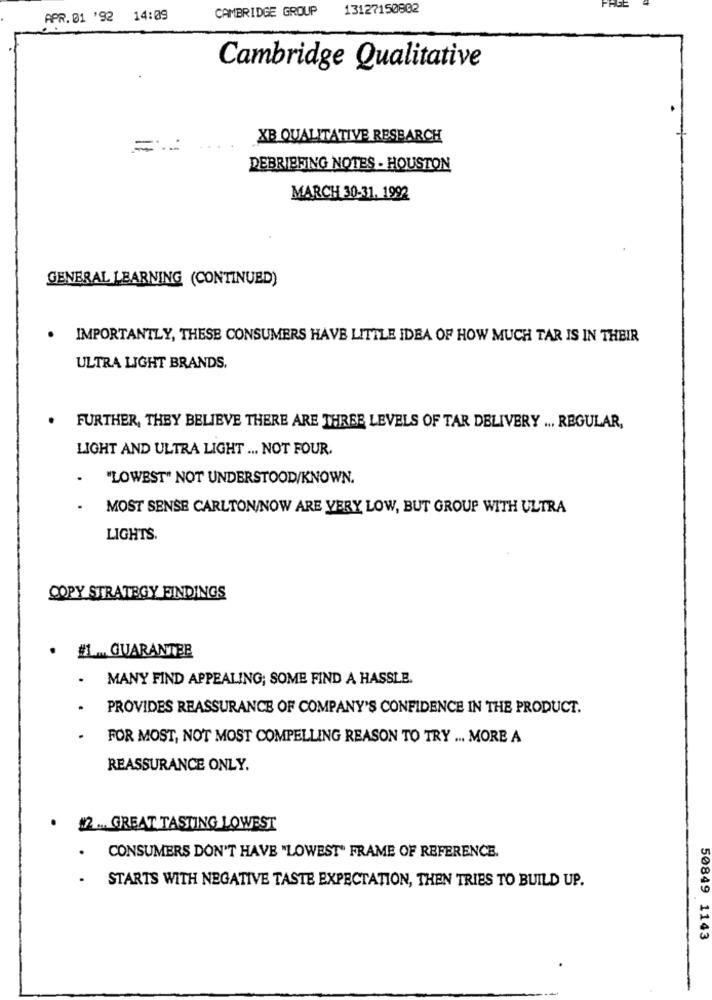
CAMBRIDGE GROUP
13127150802
PAGE
APR.01 '92
14:09
Cambridge Qualitative
XB QUALITATIVE RESEARCH
DEBRIEFING NOTES - HOUSTON
MARCH 30-31. 1992
GENERAL LEARNING (CONTINUED)
. IMPORTANTLY, THESE CONSUMERS HAVE LITTLE IDEA OF HOW MUCH TAR IS IN THEIR
ULTRA LIGHT BRANDS.
. FURTHER, THEY BELIEVE THERE ARE THREE LEVELS OF TAR DELIVERY ... REGULAR,
LIGHT AND ULTRA LIGHT ... NOT FOUR.
"LOWEST" NOT UNDERSTOOD/KNOWN.
MOST SENSE CARLTON/NOW ARE VERY LOW, BUT GROUP WITH ULTRA
LIGHTS.
COPY STRATEGY FINDINGS
· #1 .. GUARANTEE
MANY FIND APPEALING; SOME FIND A HASSLE.
PROVIDES REASSURANCE OF COMPANY'S CONFIDENCE IN THE PRODUCT.
FOR MOST, NOT MOST COMPELLING REASON TO TRY .. MORE A
REASSURANCE ONLY.
.
12.GREAT TASTING LOWEST
.
CONSUMERS DON'T HAVE "LOWEST" FRAME OF REFERENCE.
STARTS WITH NEGATIVE TASTE EXPECTATION, THEN TRIES TO BUILD UP.
50849 1143